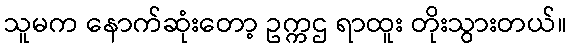
သူမက နောက်ဆုံးတော့ ဥက္ကဌ ရာထူး တိုးသွားတယ်။